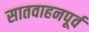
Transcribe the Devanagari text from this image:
सातवाहनपूर्व